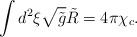
LaTeX: \begin{align*}\int{d^2}\xi\sqrt{\tilde{g}}\tilde{R}=4\pi{\chi_c}.\end{align*}